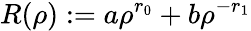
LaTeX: R(\rho):=a\rho^{r_{0}}+b\rho^{-r_{1}}